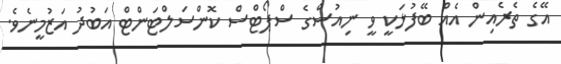
އޭގެ ތެރެއިން އެއް ބޭފުޅަކީ ވީ ނިއުސްގެ ސްޕޯޓްސް ކޮންސަލްޓަންޓް އަބުދު އަޒުމީނެވެ.